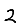
Digit: 2